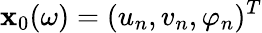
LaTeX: \mathbf{x}_{0}(\omega)=(u_{n},v_{n},\varphi_{n})^{T}